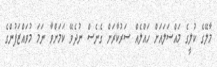
މާލޭގެ ކުލީގެ މައްސަލައަށް ހައްލެއް ސަރުކާރަށް ގެނެސް ނުދެވޭ ކަމަށްވާ ނަމަ މުވައްޒަފުންގެ